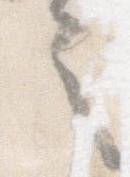
言